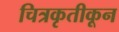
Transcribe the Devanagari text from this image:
चित्रकृतीकून